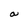
Character: a